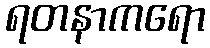
ရတနာကရော